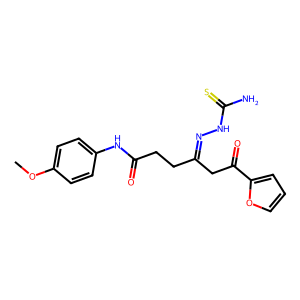
SMILES: COc1ccc(NC(=O)CCC(CC(=O)c2ccco2)=NNC(N)=S)cc1
Inhibits HIV replication: No